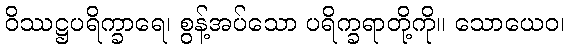
ဝိဿဋ္ဌပရိက္ခာရေ၊ စွန့်အပ်သော ပရိက္ခရာတို့ကို။ သောယေဝ၊